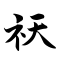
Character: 祆